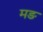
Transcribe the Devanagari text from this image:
मङ